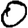
Digit: 0